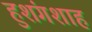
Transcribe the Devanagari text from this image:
हुशंगशाह